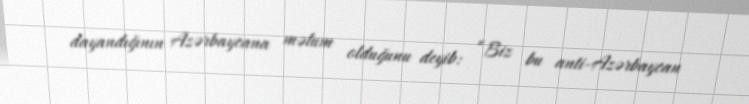
dayandığının Azərbaycana məlum olduğunu deyib: “Biz bu anti-Azərbaycan